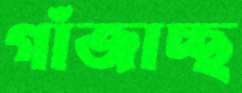
গাঁজাচ্ছ